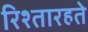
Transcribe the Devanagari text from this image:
रिश्तारहते